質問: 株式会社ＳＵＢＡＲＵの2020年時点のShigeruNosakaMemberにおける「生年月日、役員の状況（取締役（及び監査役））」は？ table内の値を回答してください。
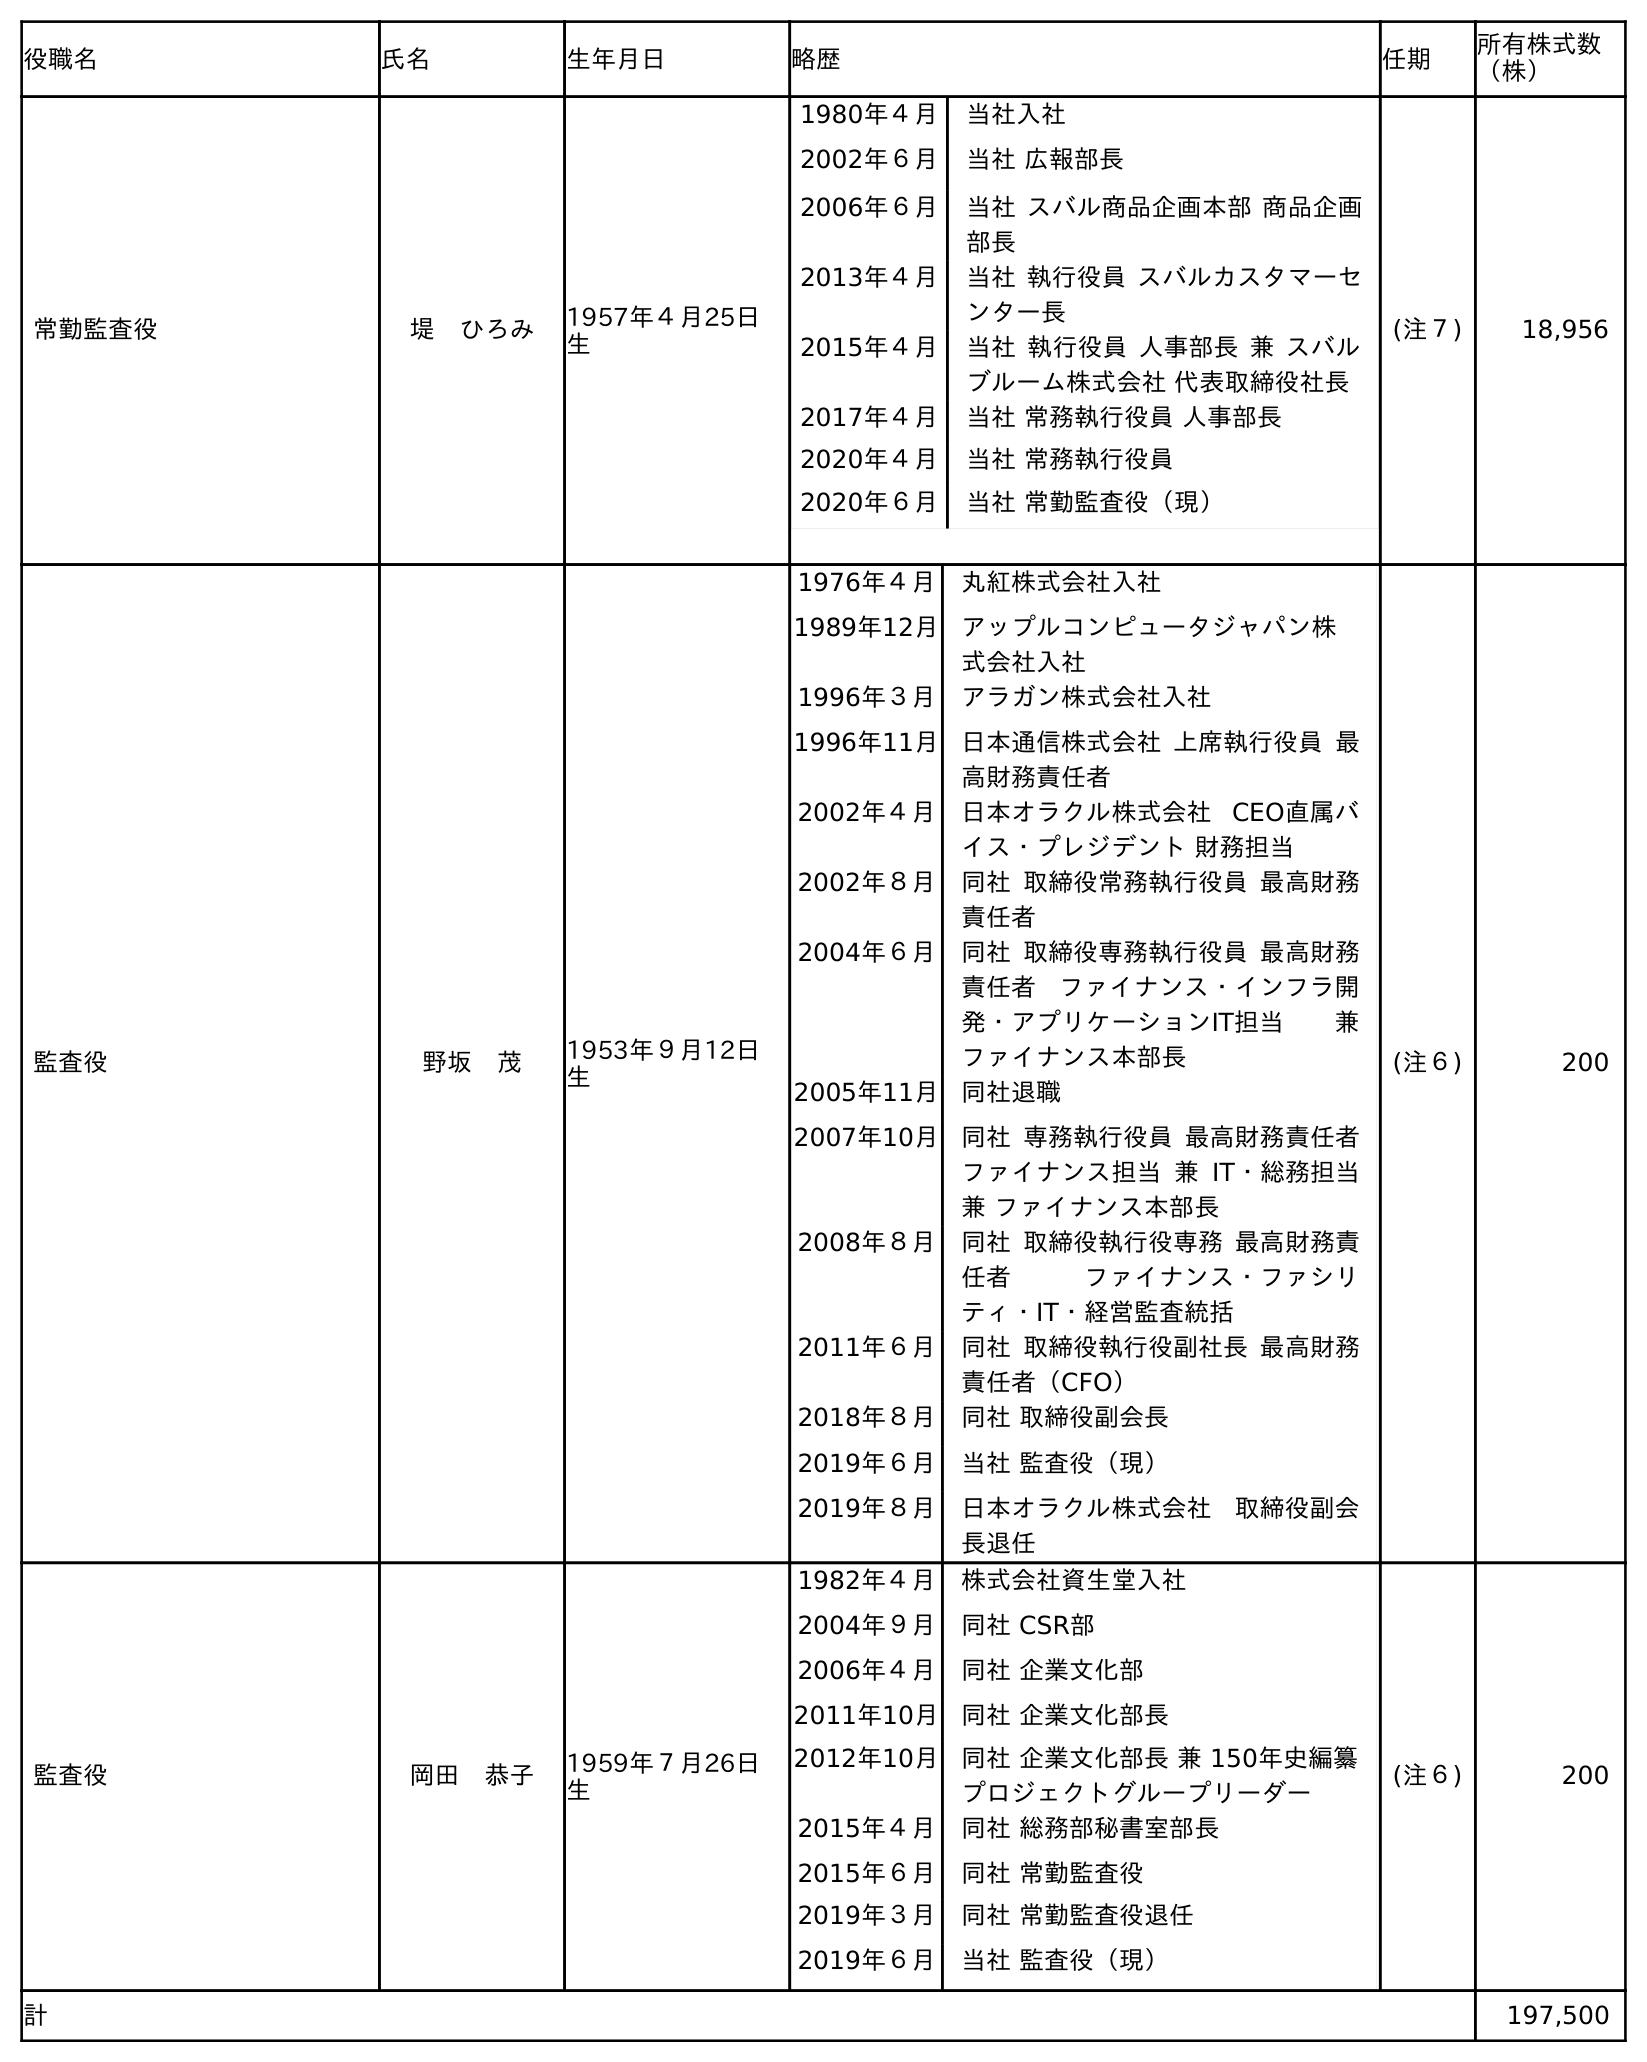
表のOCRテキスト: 役職名 氏名 生年月日 略歴 任期 所有株式数 （株） 常勤監査役 堤 ひろみ 1957年４月25日 生 1980年４月 当社入社 2002年６月 当社 広報部長 2006年６月 当社 スバル商品企画本部 商品企画 部長 2013年４月 当社 執行役員 スバルカスタマーセ ンター長 2015年４月 当社 執行役員 人事部長 兼 スバル ブルーム株式会社 代表取締役社長 2017年４月 当社 常務執行役員 人事部長 2020年４月 当社 常務執行役員 2020年６月 当社 常勤監査役（現） (注７) 18,956 監査役 野坂 茂 1953年９月12日 生 1976年４月 丸紅株式会社入社 1989年12月 アップルコンピュータジャパン株 式会社入社 1996年３月 アラガン株式会社入社 1996年11月 日本通信株式会社 上席執行役員 最 高財務責任者 2002年４月 日本オラクル株式会社 CEO直属バ イス・プレジデント 財務担当 2002年８月 同社 取締役常務執行役員 最高財務 責任者 2004年６月 同社 取締役専務執行役員 最高財務 責任者 ファイナンス・インフラ開 発・アプリケーションIT担当 兼 ファイナンス本部長 2005年11月 同社退職 2007年10月 同社 専務執行役員 最高財務責任者 ファイナンス担当 兼 IT・総務担当 兼 ファイナンス本部長 2008年８月 同社 取締役執行役専務 最高財務責 任者 ファイナンス・ファシリ ティ・IT・経営監査統括 2011年６月 同社 取締役執行役副社長 最高財務 責任者（CFO） 2018年８月 同社 取締役副会長 2019年６月 当社 監査役（現） 2019年８月 日本オラクル株式会社 取締役副会 長退任 (注６) 200 監査役 岡田 恭子 1959年７月26日 生 1982年４月 株式会社資生堂入社 2004年９月 同社 CSR部 2006年４月 同社 企業文化部 2011年10月 同社 企業文化部長 2012年10月 同社 企業文化部長 兼 150年史編纂 プロジェクトグループリーダー 2015年４月 同社 総務部秘書室部長 2015年６月 同社 常勤監査役 2019年３月 同社 常勤監査役退任 2019年６月 当社 監査役（現） (注６) 200 計 197,500
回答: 1953年９月12日生